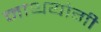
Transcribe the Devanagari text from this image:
नाथयोगी